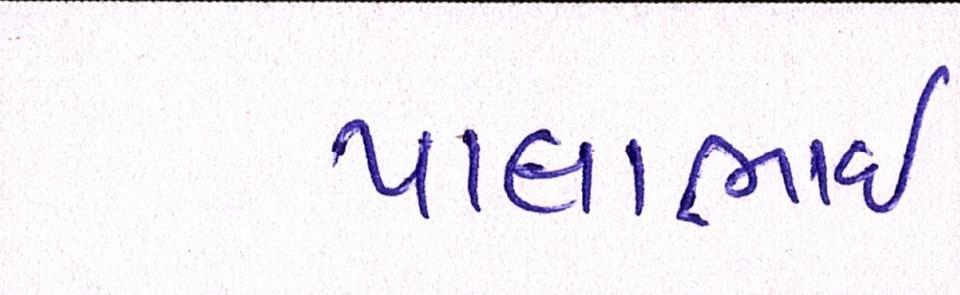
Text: પાલાભાઇ